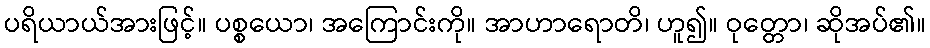
ပရိယာယ်အားဖြင့်။ ပစ္စယော၊ အကြောင်းကို။ အာဟာရောတိ၊ ဟူ၍။ ဝုတ္တော၊ ဆိုအပ်၏။